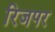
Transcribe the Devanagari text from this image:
रिजपर